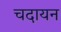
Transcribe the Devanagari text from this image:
चदायन